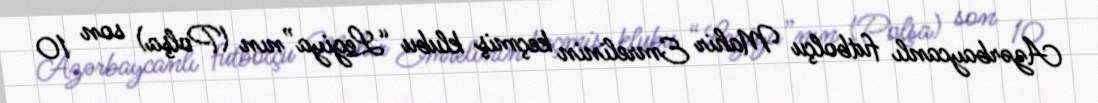
Azərbaycanlı futbolçu Mahir Emrelinin keçmiş klubu “Legiya”nın (Polşa) son 10